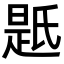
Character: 𭦯